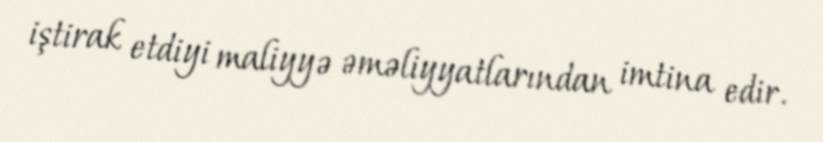
iştirak etdiyi maliyyə əməliyyatlarından imtina edir.